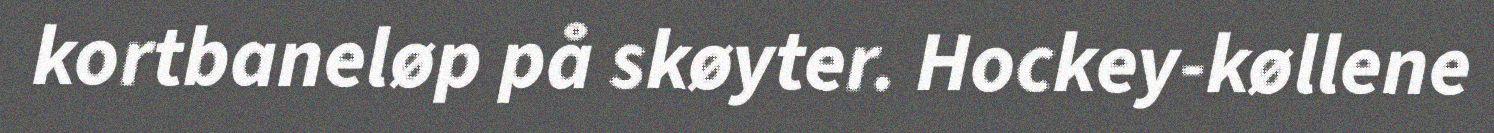
kortbaneløp på skøyter. Hockey-køllene